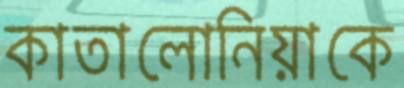
কাতালোনিয়াকে